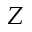
Z